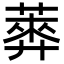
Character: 𦻣